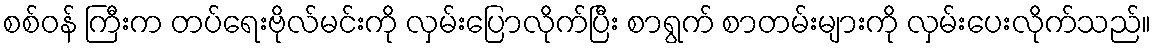
စစ်ဝန် ကြီးက တပ်ရေးဗိုလ်မင်းကို လှမ်းပြောလိုက်ပြီး စာရွက် စာတမ်းများကို လှမ်းပေးလိုက်သည်။